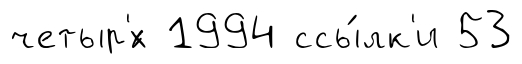
четыр'́х 1994 ссы́лк'и 53